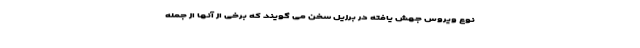
نوع ویروس جهش یافته در برزیل سخن می گویند که برخی از آنها از جمله